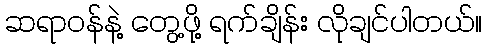
ဆရာဝန်နဲ့ တွေ့ဖို့ ရက်ချိန်း လိုချင်ပါတယ်။